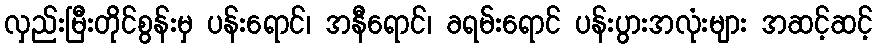
လှည်းမြီးတိုင်စွန်းမှ ပန်းရောင်၊ အနီရောင်၊ ခရမ်းရောင် ပန်းပွားအလုံးများ အဆင့်ဆင့်